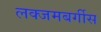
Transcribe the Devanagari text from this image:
लक्जमबर्गीस